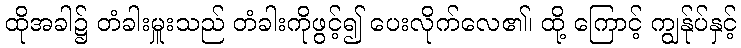
ထိုအခါ၌ တံခါးမှူးသည် တံခါးကိုဖွင့်၍ ပေးလိုက်လေ၏၊ ထို့ ကြောင့် ကျွန်ုပ်နှင့်